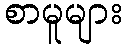
စာမူများ